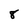
Character: 8